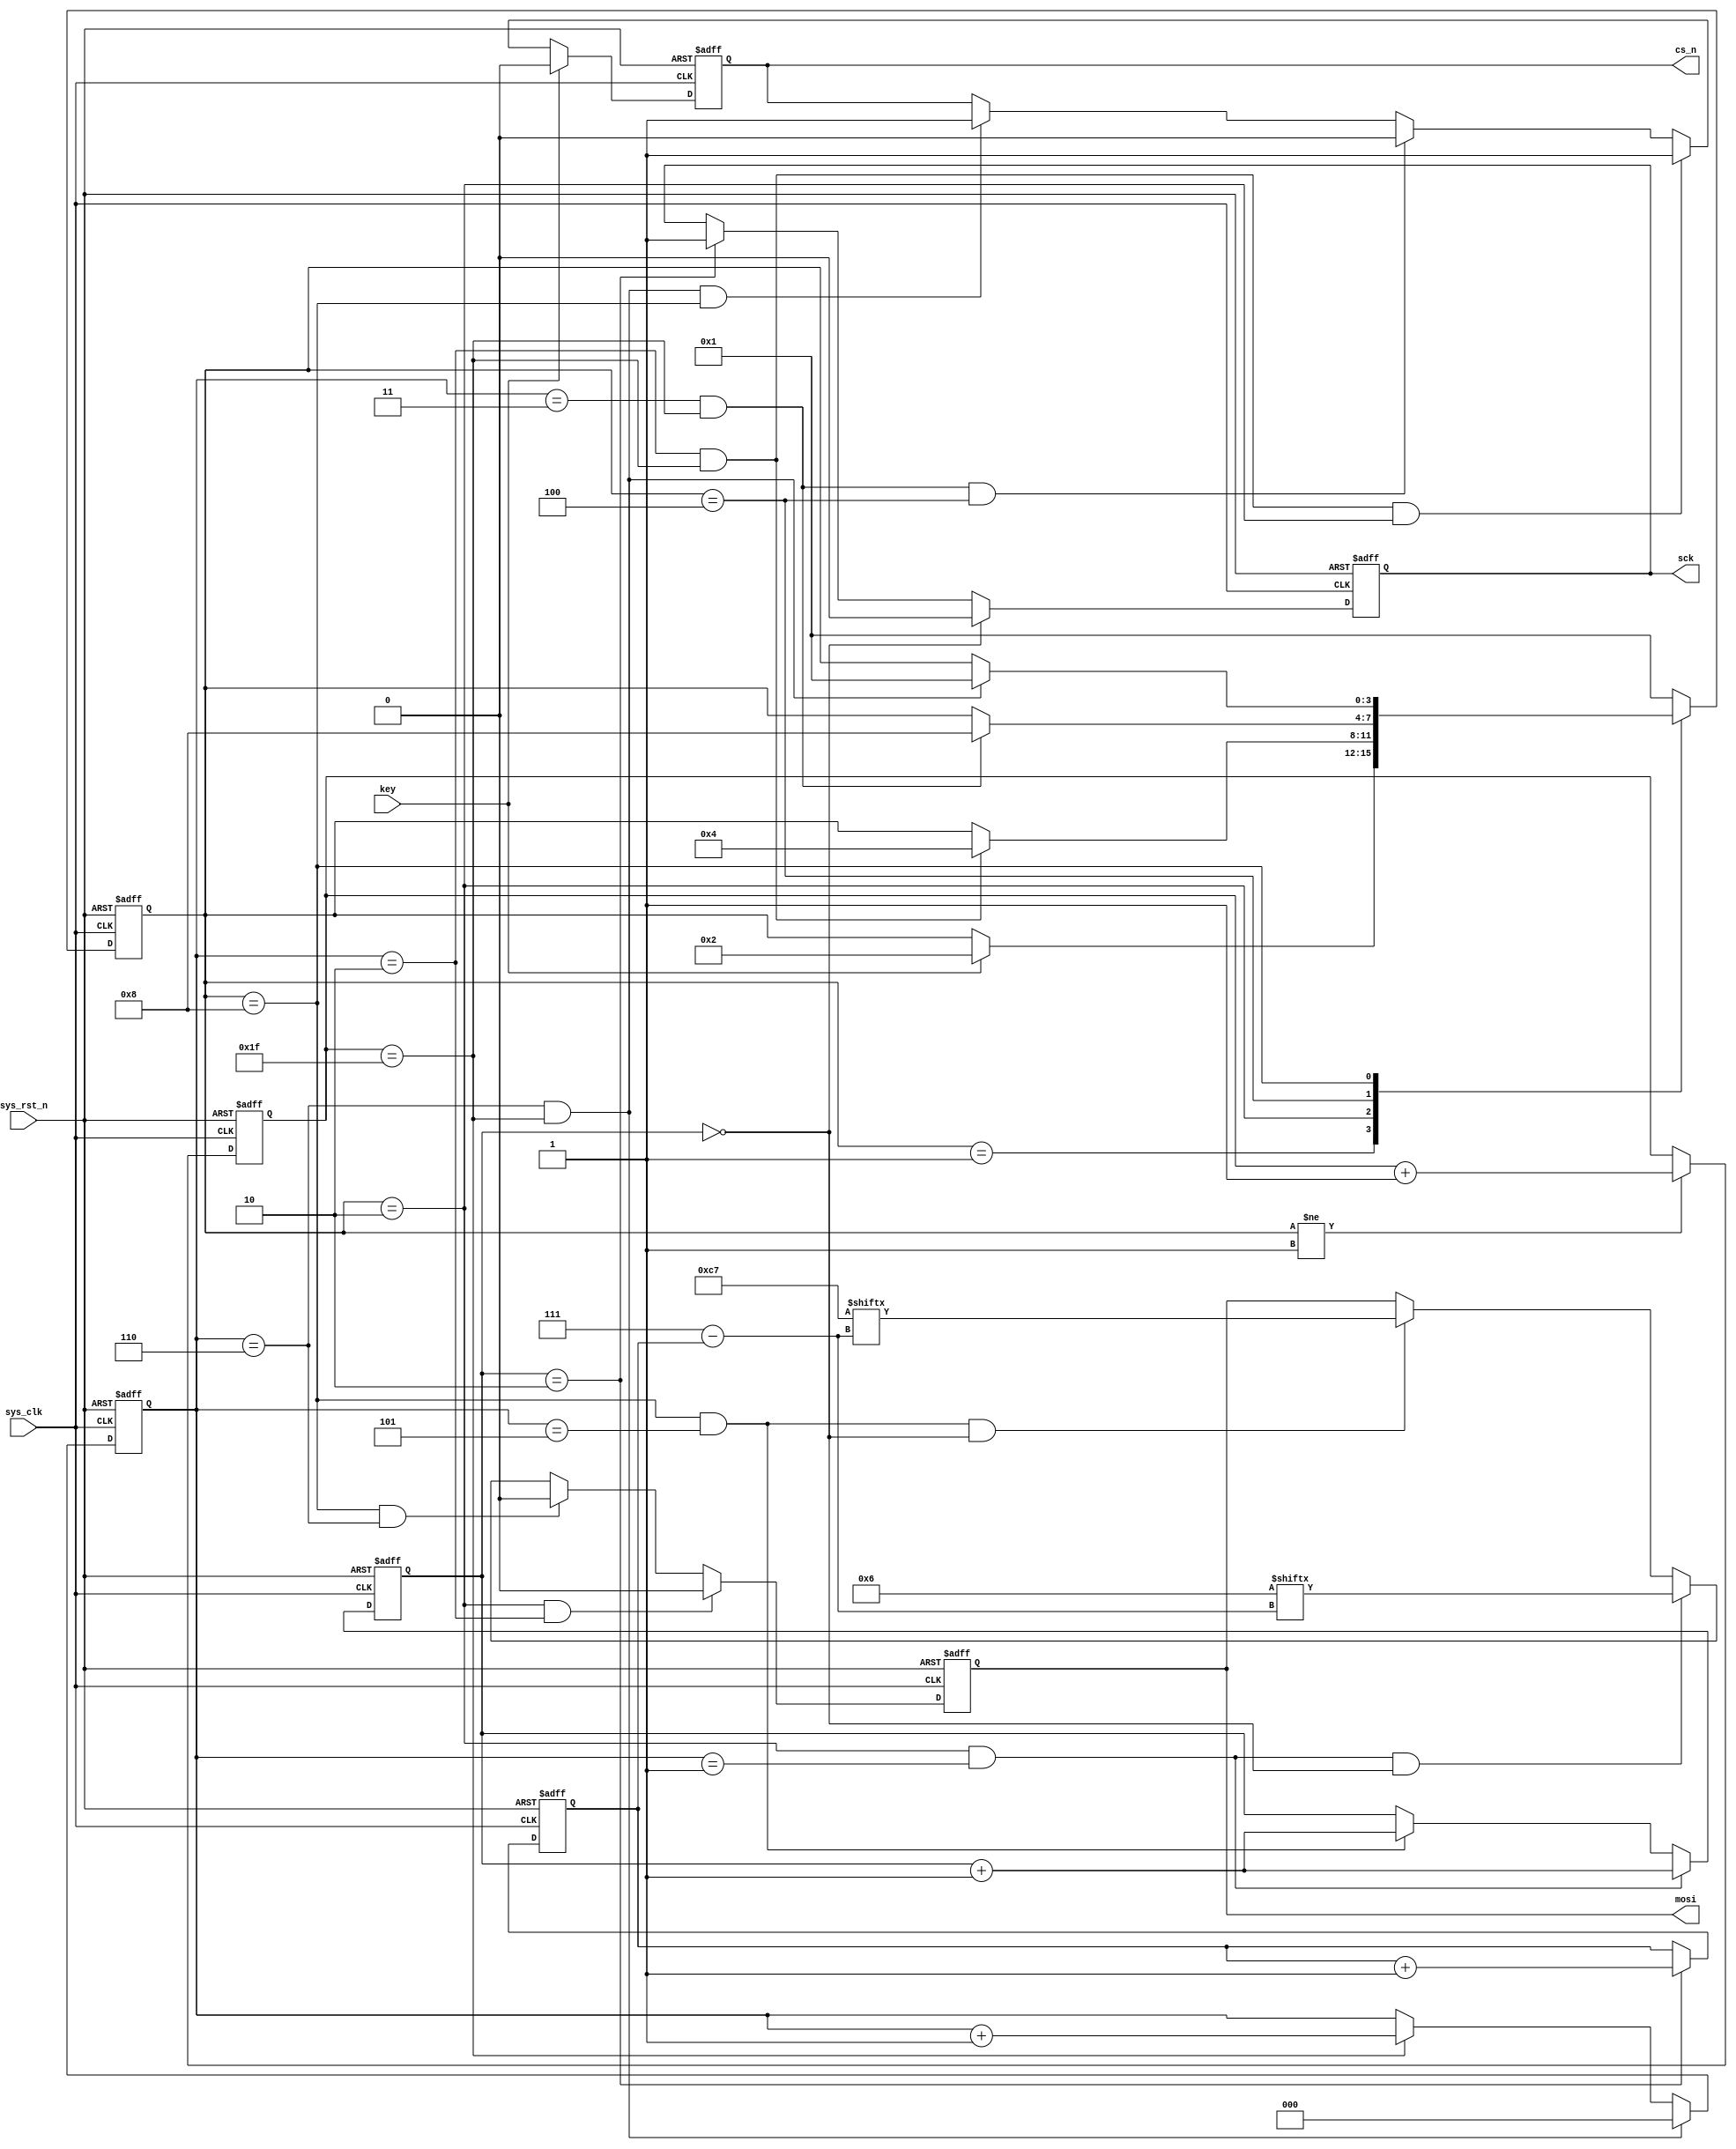
`timescale  1ns/1ns
////////////////////////////////////////////////////////////////////////
// Module Name   : flash_be_ctrl
// Project Name  : spi_flash_be
// Target Devices: Altera EP4CE10F17C8N
// Tool Versions : Quartus 13.0
// Description   : flash
//
// Revision      : V1.0
// Additional Comments:
// 
// : _Pro_FPGA
//     : http://www.embedfire.com
//     : http://www.firebbs.cn
//     : https://fire-stm32.taobao.com
////////////////////////////////////////////////////////////////////////

module  flash_be_ctrl
(
    input   wire            sys_clk     ,   //50MHz
    input   wire            sys_rst_n   ,   //,
    input   wire            key         ,   //

    output  reg             cs_n        ,   //
    output  reg             sck         ,   //
    output  reg             mosi            //
);

//********************************************************************//
//****************** Parameter and Internal Signal *******************//
//********************************************************************//

//parameter define
parameter   IDLE    =   4'b0001 ,   //
            WR_EN   =   4'b0010 ,   //
            DELAY   =   4'b0100 ,   //
            BE      =   4'b1000 ;   //
parameter   WR_EN_INST  =   8'b0000_0110,   //
            BE_INST     =   8'b1100_0111;   //

//reg   define
reg     [2:0]   cnt_byte;   //
reg     [3:0]   state   ;   //
reg     [4:0]   cnt_clk ;   //
reg     [1:0]   cnt_sck ;   //
reg     [2:0]   cnt_bit ;   //

//********************************************************************//
//***************************** Main Code ****************************//
//********************************************************************//

//cnt_clk:
always@(posedge sys_clk or  negedge sys_rst_n)
    if(sys_rst_n == 1'b0)
        cnt_clk  <=  5'd0;
    else    if(state != IDLE)
        cnt_clk  <=  cnt_clk + 1'b1;

//cnt_byte:
always@(posedge sys_clk or  negedge sys_rst_n)
    if(sys_rst_n == 1'b0)
        cnt_byte    <=  3'd0;
    else    if((cnt_clk == 5'd31) && (cnt_byte == 3'd6))
        cnt_byte    <=  3'd0;
    else    if(cnt_clk == 31)
        cnt_byte    <=  cnt_byte + 1'b1;

//cnt_sck:
always@(posedge sys_clk or  negedge sys_rst_n)
    if(sys_rst_n == 1'b0)
        cnt_sck <=  2'd0;
    else    if((state == WR_EN) && (cnt_byte == 1'b1))
        cnt_sck <=  cnt_sck + 1'b1;
    else    if((state == BE) && (cnt_byte == 3'd5))
        cnt_sck <=  cnt_sck + 1'b1;

//cs_n:
always@(posedge sys_clk or  negedge sys_rst_n)
    if(sys_rst_n == 1'b0)
        cs_n    <=  1'b1;
    else    if(key == 1'b1)
        cs_n    <=  1'b0;
    else    if((cnt_byte == 3'd2) && (cnt_clk == 5'd31) && (state == WR_EN))
        cs_n    <=  1'b1;
    else    if((cnt_byte == 3'd3) && (cnt_clk == 5'd31) && (state == DELAY))
        cs_n    <=  1'b0;
    else    if((cnt_byte == 3'd6) && (cnt_clk == 5'd31) && (state == BE))
        cs_n    <=  1'b1;

//sck:
always@(posedge sys_clk or  negedge sys_rst_n)
    if(sys_rst_n == 1'b0)
        sck <=  1'b0;
    else    if(cnt_sck == 2'd0)
        sck <=  1'b0;
    else    if(cnt_sck == 2'd2)
        sck <=  1'b1;

//cnt_bit:mosi
always@(posedge sys_clk or  negedge sys_rst_n)
    if(sys_rst_n == 1'b0)
        cnt_bit <=  3'd0;
    else    if(cnt_sck == 2'd2)
        cnt_bit <=  cnt_bit + 1'b1;

//state:
always@(posedge sys_clk or  negedge sys_rst_n)
    if(sys_rst_n == 1'b0)
        state   <=  IDLE;
    else
    case(state)
        IDLE:   if(key == 1'b1)
                state   <=  WR_EN;
        WR_EN:  if((cnt_byte == 3'd2) && (cnt_clk == 5'd31))
                state   <=  DELAY;
        DELAY:  if((cnt_byte == 3'd3) && (cnt_clk == 5'd31))
                state   <=  BE;
        BE:     if((cnt_byte == 3'd6) && (cnt_clk == 5'd31))
                state   <=  IDLE;
        default:    state   <=  IDLE;
    endcase

//mosi:
always@(posedge sys_clk or  negedge sys_rst_n)
    if(sys_rst_n == 1'b0)
        mosi    <=  1'b0;
    else    if((state == WR_EN) && (cnt_byte == 3'd2))
        mosi    <=  1'b0;
    else    if((state == BE) && (cnt_byte == 3'd6))
        mosi    <=  1'b0;
    else    if((state == WR_EN) && (cnt_byte == 3'd1) && (cnt_sck == 5'd0))
        mosi    <=  WR_EN_INST[7 - cnt_bit];    //
    else    if((state == BE) && (cnt_byte == 3'd5) && (cnt_sck == 5'd0))
        mosi    <=  BE_INST[7 - cnt_bit];       //

endmodule